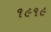
૧૯૧૯